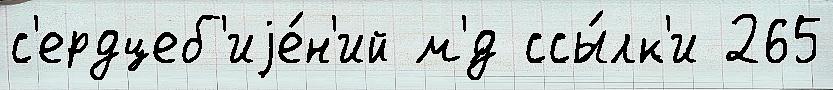
с'ердцеб'иjе́н'ий м'́д ссы́лк'и 265